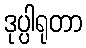
ဒုပ္ပါရုတာ